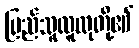
ပြည်သူလူထုတို့၏